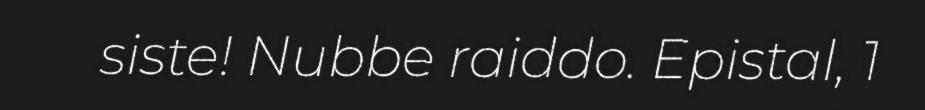
siste! Nubbe raiddo. Epistal, 1